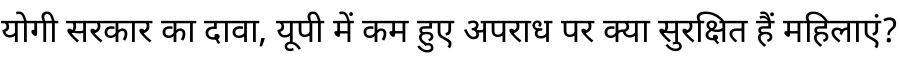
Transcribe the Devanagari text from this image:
योगी सरकार का दावा, यूपी में कम हुए अपराध पर क्या सुरक्षित हैं महिलाएं?